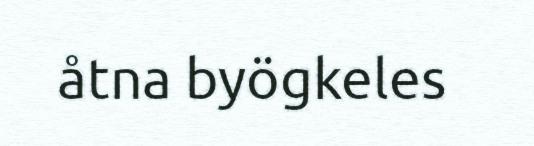
åtna byögkeles